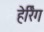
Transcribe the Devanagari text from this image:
हेर्रिंग